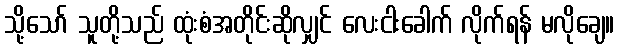
သို့သော် သူတို့သည် ထုံးစံအတိုင်းဆိုလျှင် လေးငါးခေါက် လိုက်ရန် မလိုချေ။